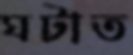
ঘটাত